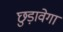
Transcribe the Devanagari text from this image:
छुड़ावेगा